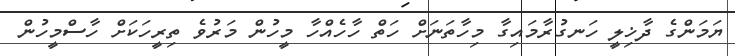
ޔަމަންގެ ދާޚިލީ ހަނގުރާމައިގާ މިހާތަނަށް ހަތް ހާހެއްހާ މީހުން މަރުވެ ތިރީހަކަށް ހާސްމީހުން